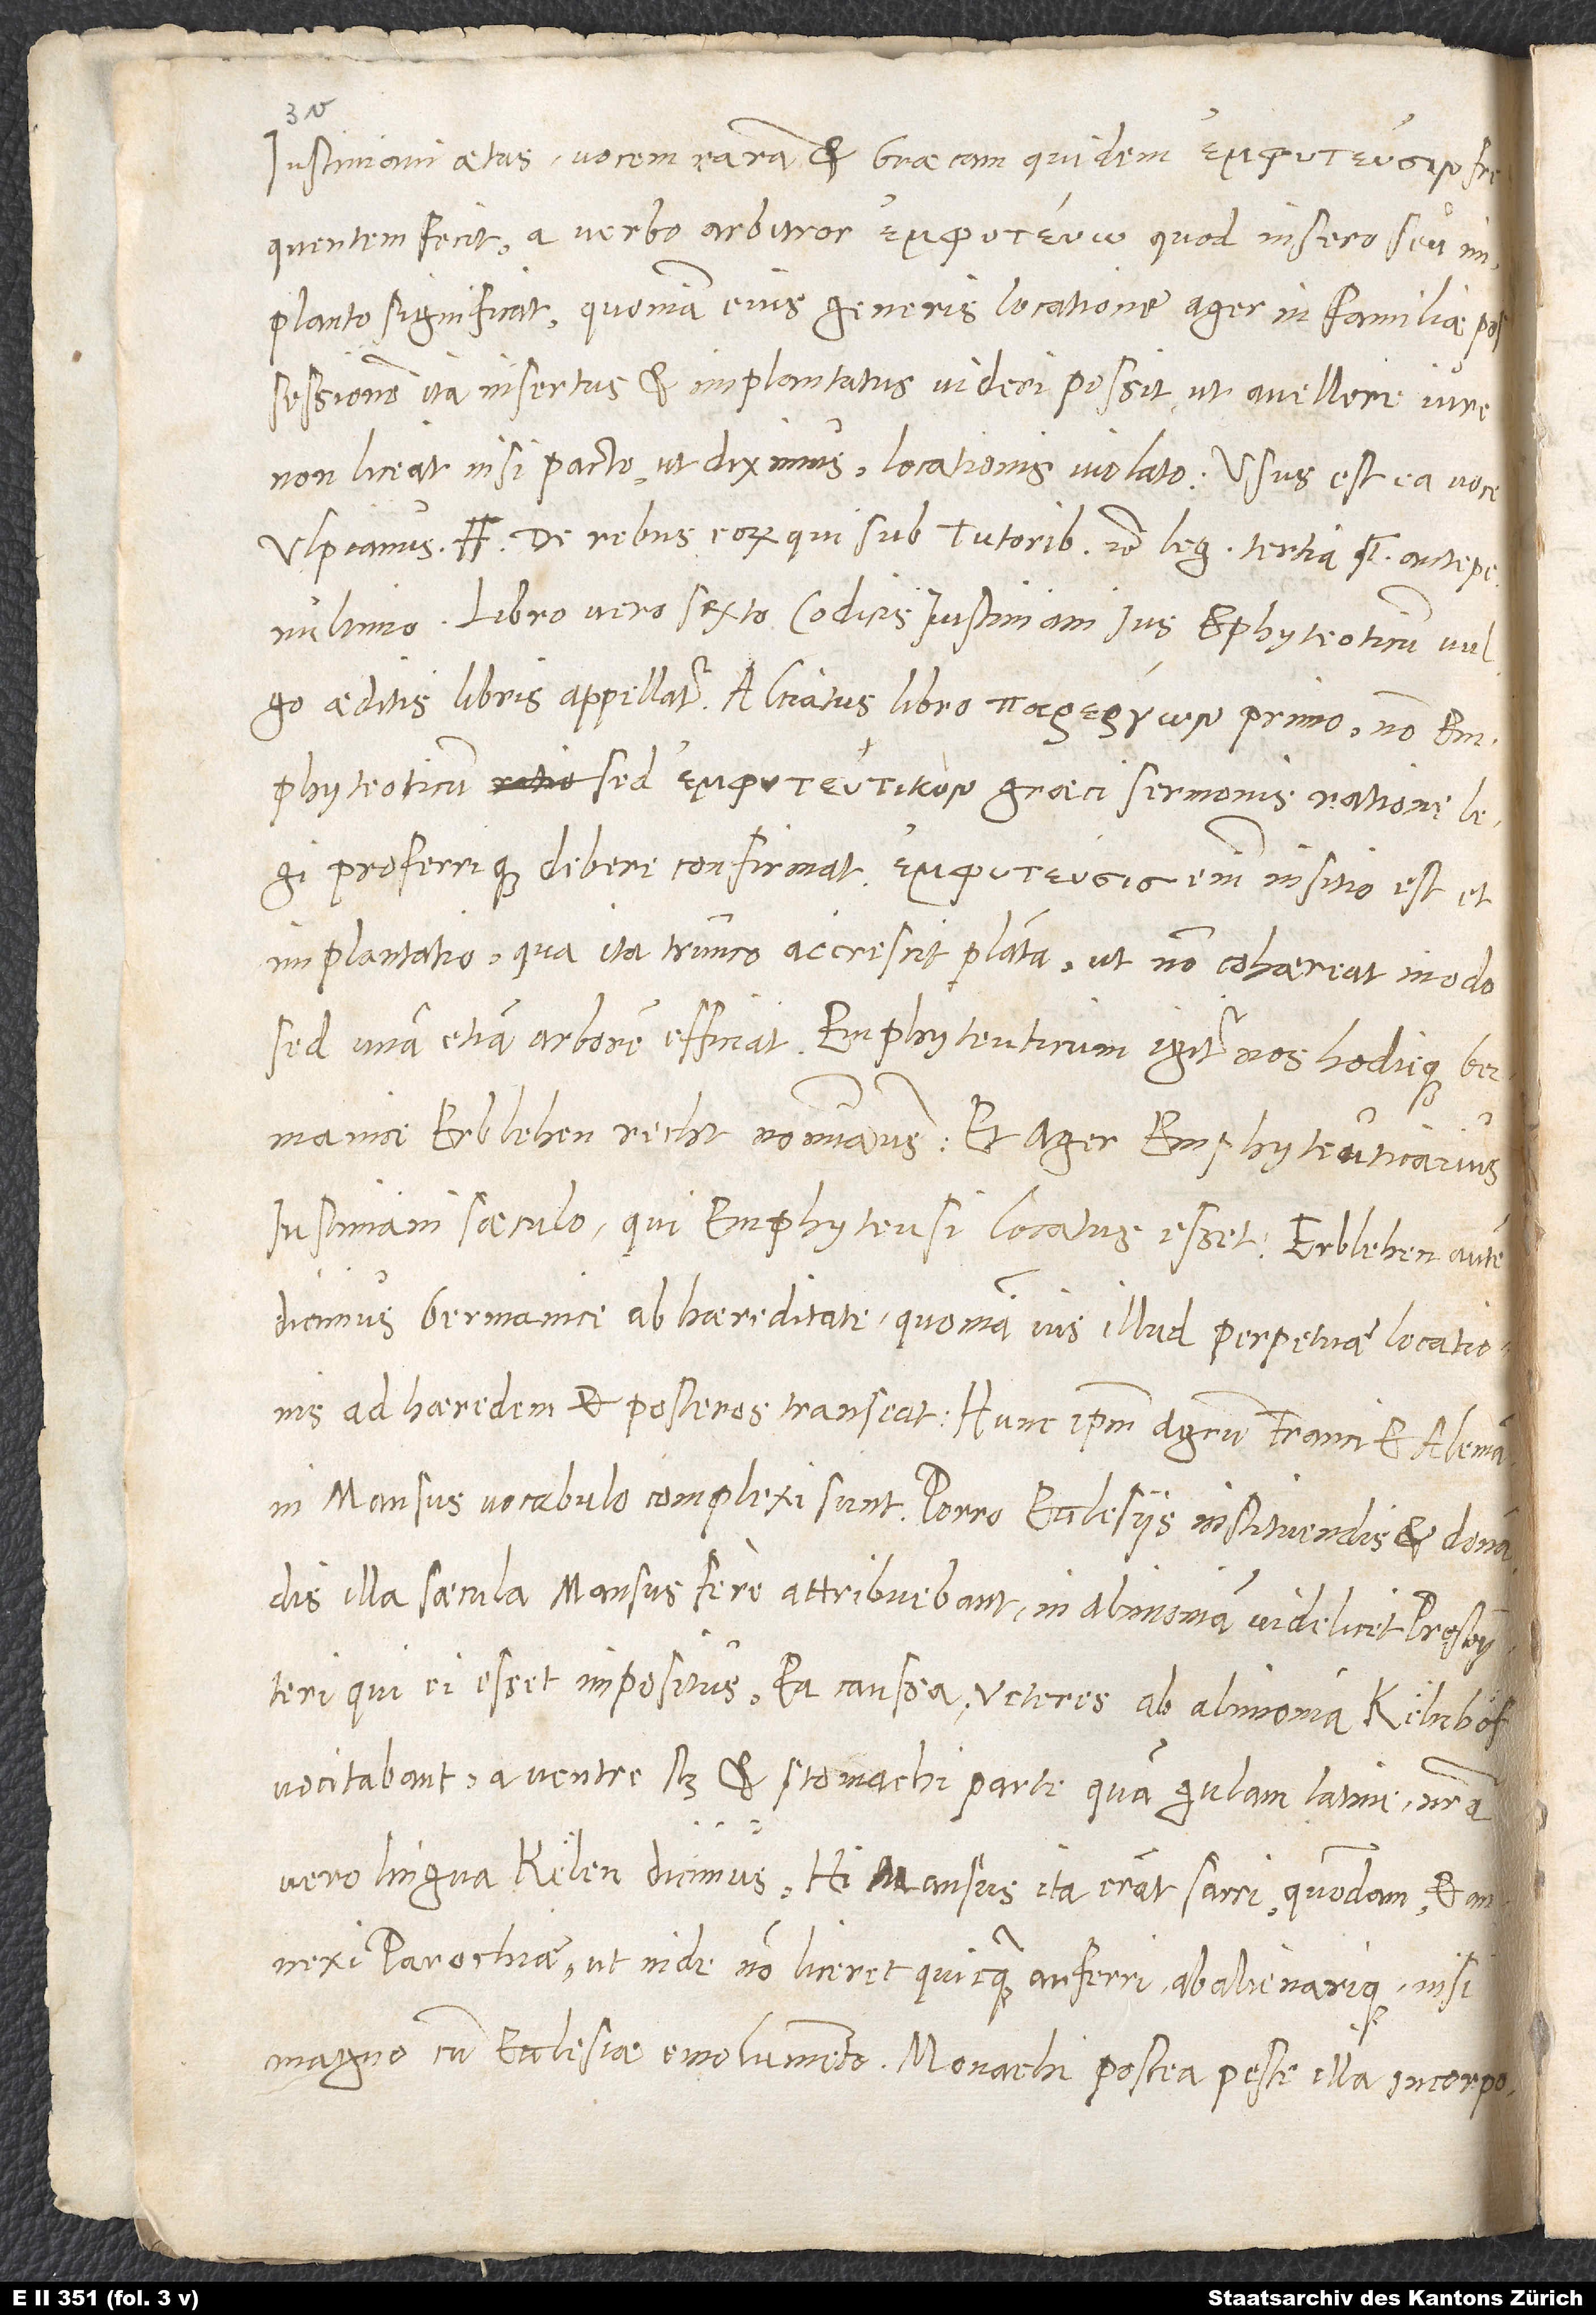
Iustiniani aetas vocem raram et Graecam quidem
frequentem fecit a verbo, arbitror, , quod „insero“ seu
„implanto“ significat, quoniam eius generis locatione ager in familiae
possessionem ita insertus et implantatus videri possit, ut avellare iure
non liceat nisi pacto, ut diximus, locationis violato. Usus est ea voce
Ulpianus „De rebus eorum, qui sub tutoribus“ etc. leg. tertia, antepenultimo.
Libro vero sexto codicis Iustiniani ius emphyteoticum vulgo
aeditis libris appellatur. Alciatus libro primo non
emphyteoticum, sed Graeci sermonis ratione legi
proferrique debere confirmat; enim insitio est et
implantatio, qua ita trunco accrescit planta, ut non cohaereat modo,
sed unam etiam arborem efficiat. Emphyteuticum igitur nos hodieque Germanice
„erblehen recht“ nominamus, et ager emphyteuticarius
Iustiniani saeculo, qui emphyteusi locatus esset; „erblehen“ autem
dicimus Germanice ab hereditate, quoniam ius illud perpetuae locationis
ad haeredem et posteros transeat. Hunc ipsum agrum Franci et Alemanni
illa saecula mansus fere attribuebant, in alimoniam videlicet presbyteri,
qui ei esset impositus; ea caussa veteres ab alimonia „kelnhöf“
vocitabant, a ventre scilicet et stomachi parte, quam „gulam“ Latine, nostra
vero lingua „kelen“ dicimus. Hi mansus ita erant sacri quondam et annexi
parrochiae, ut inde non liceret quicquam auferri abalienarique nisi
magno cum ecclesiae emolumento. Monachi postea peste illa incorporationis